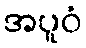
အပူဝံ